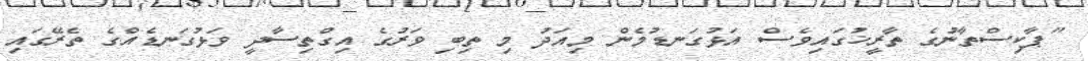
"ޕާކިސްތާނުގެ ތާރީޚުގައިވެސް އަޅުގަނޑުމެން މިއަދު މި ތިބި ވަރުގެ އިގްތިސާދީ ވަޅުގަނޑެއްގެ ތެރޭގައި